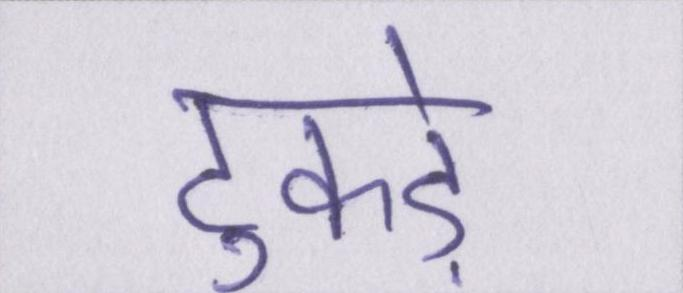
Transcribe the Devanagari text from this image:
टुकड़े